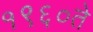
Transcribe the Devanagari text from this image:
१९६०ते